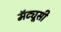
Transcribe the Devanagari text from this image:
मॅट्यूसी